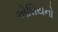
એશિયનો